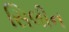
સિલીન